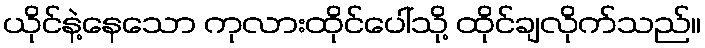
ယိုင်နဲ့နေသော ကုလားထိုင်ပေါ်သို့ ထိုင်ချလိုက်သည်။